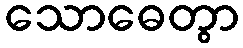
သောဓေတွာ